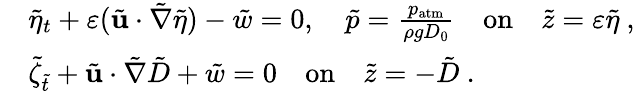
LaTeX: \begin{array}{rl}&{\tilde{\eta}_{t}+\varepsilon(\tilde{\mathbf{u}}\cdot\tilde{\nabla}\tilde{\eta})-\tilde{w}=0,\quad\tilde{p}=\frac{p_{\mathrm{atm}}}{\rho gD_{0}}\quad\mathrm{on}\quad\tilde{z}=\varepsilon\tilde{\eta}\ ,}\\ &{\tilde{\zeta}_{\tilde{t}}+\tilde{\mathbf{u}}\cdot\tilde{\nabla}\tilde{D}+\tilde{w}=0\quad\mathrm{on}\quad\tilde{z}=-\tilde{D}\ .}\end{array}